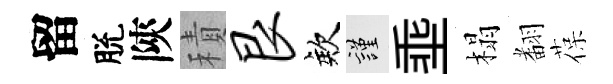
留脫陝積艮欸謹埀榻𮋒葆